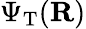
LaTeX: \Psi_{\mathrm{T}}({\mathbf R})